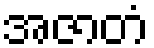
အဇာတံ